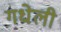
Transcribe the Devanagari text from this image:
गधेली